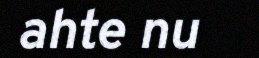
ahte nu